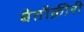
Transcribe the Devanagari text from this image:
बेतौक़ीरी